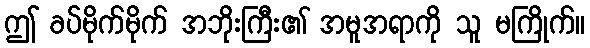
ဤ ခပ်မိုက်မိုက် အဘိုးကြီး၏ အမူအရာကို သူ မကြိုက်။